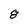
Character: 8